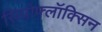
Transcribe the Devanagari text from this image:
सिप्रोफ्लॉक्सिन